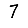
Digit: 7